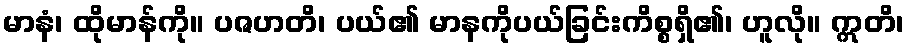
မာနံ၊ ထိုမာန်ကို။ ပဇဟတိ၊ ပယ်၏ မာနကိုပယ်ခြင်းကိစ္စရှိ၏၊ ဟူလို။ ဣတိ၊